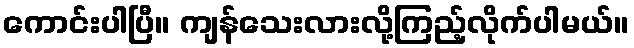
ကောင်းပါပြီ။ ကျန်သေးလားလို့ကြည့်လိုက်ပါမယ်။